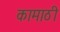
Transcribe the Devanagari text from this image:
कामाठी